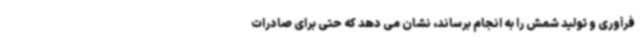
فرآوری و تولید شمش را به انجام برساند، نشان می دهد که حتی برای صادرات